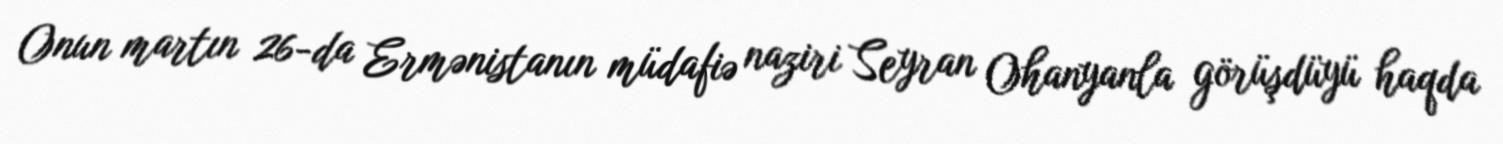
Onun martın 26-da Ermənistanın müdafiə naziri Seyran Ohanyanla görüşdüyü haqda